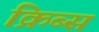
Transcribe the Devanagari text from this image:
क्रिब्स